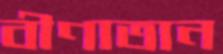
বীণাতান